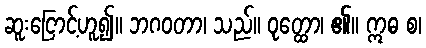
ဆူးငြောင့်ဟူ၍။ ဘဂဝတာ၊ သည်။ ဝုတ္ထော၊ ၏။ ဣဓ စ၊